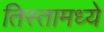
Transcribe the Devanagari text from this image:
तिस्तामध्ये